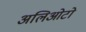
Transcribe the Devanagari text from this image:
अलिओटो